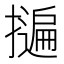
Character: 𭢬